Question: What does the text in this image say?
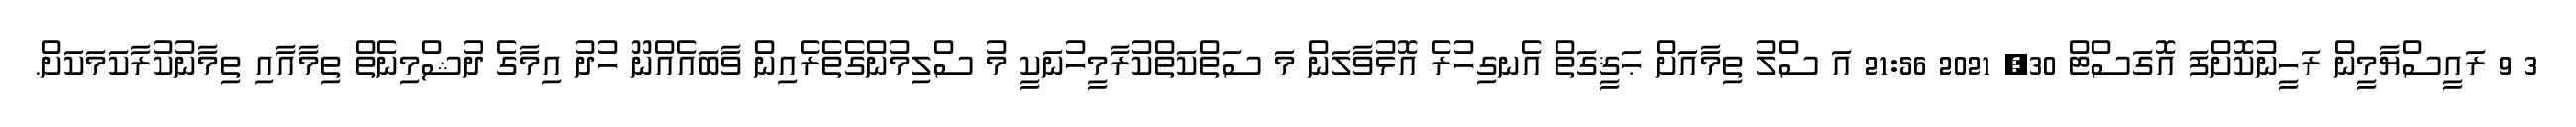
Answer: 3 9 ރައީސްޔާމީން ރަހީނުކޮށްފަ އޮގަސްޓް 30, 2021 21:56 އަ ސްލު ތިމާއަށް ޙަޤީގަތް އެނގިހުރެ އޮޅުވާލަން މަ ސަތްކަތްކުރާމީހުނަކީ މު ސްލިމުންގެތެރެއިން ވާބައެއްނޫ ހުދު އިމާގެ ދުޝްމިނެތް ތިމާއާއި ތިމާނުކުރާކަމަކަށް.